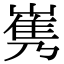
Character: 𡻎